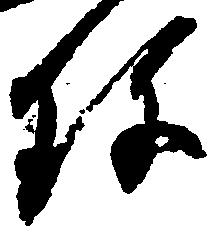
珍